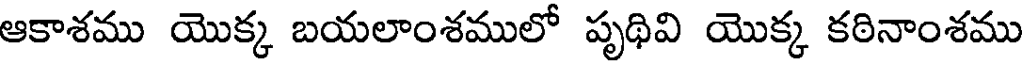
ఆకాశము యొక్క బయలాంశములో పృథివి యొక్క కఠినాంశము